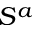
S ^ { a }